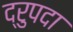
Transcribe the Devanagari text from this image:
द्रुपदा